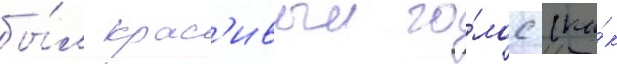
бы́л крас'ивыи го́лос (ка́к